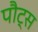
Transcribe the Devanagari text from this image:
पौट्स